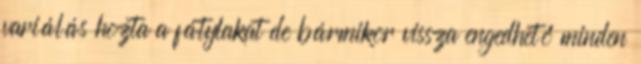
variálás hozta a fátylakat de bármikor vissza engedhető minden